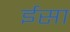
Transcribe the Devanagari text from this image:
र्इसा